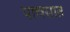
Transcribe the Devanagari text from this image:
पाचसात